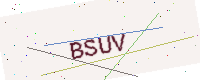
Text: BSUV